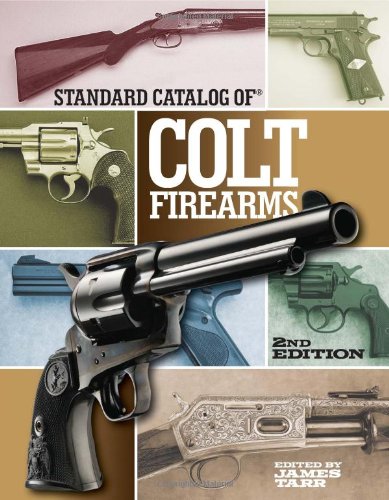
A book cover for Standard Catalog of Colt Firearms; Crafts, Hobbies & Home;